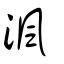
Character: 渢